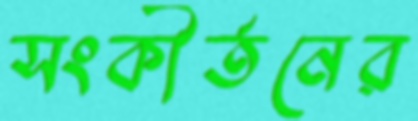
সংকীর্তনের